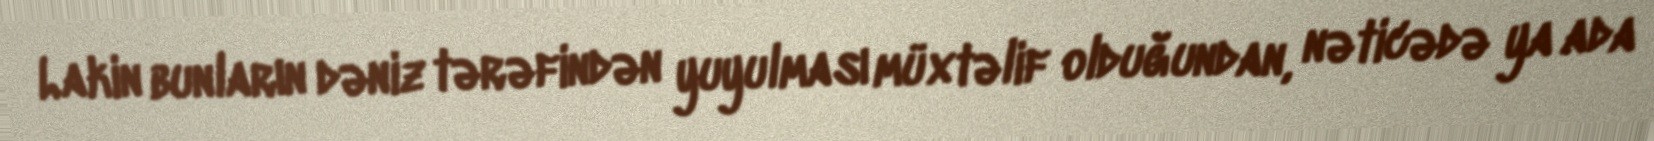
Lakin bunların dəniz tərəfindən yuyulması müxtəlif olduğundan, nəticədə ya ada